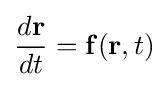
{\frac {d\mathbf {r} }{dt}}=\mathbf {f} (\mathbf {r} ,t)